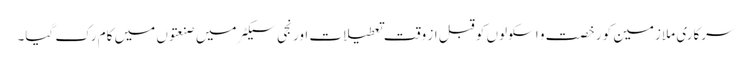
سرکاری ملازمین کو رخصت و اسکولوں کو قبل از وقت تعطیلات اور نجی سیکٹر میں صنعتوں میں کام رک گیا۔